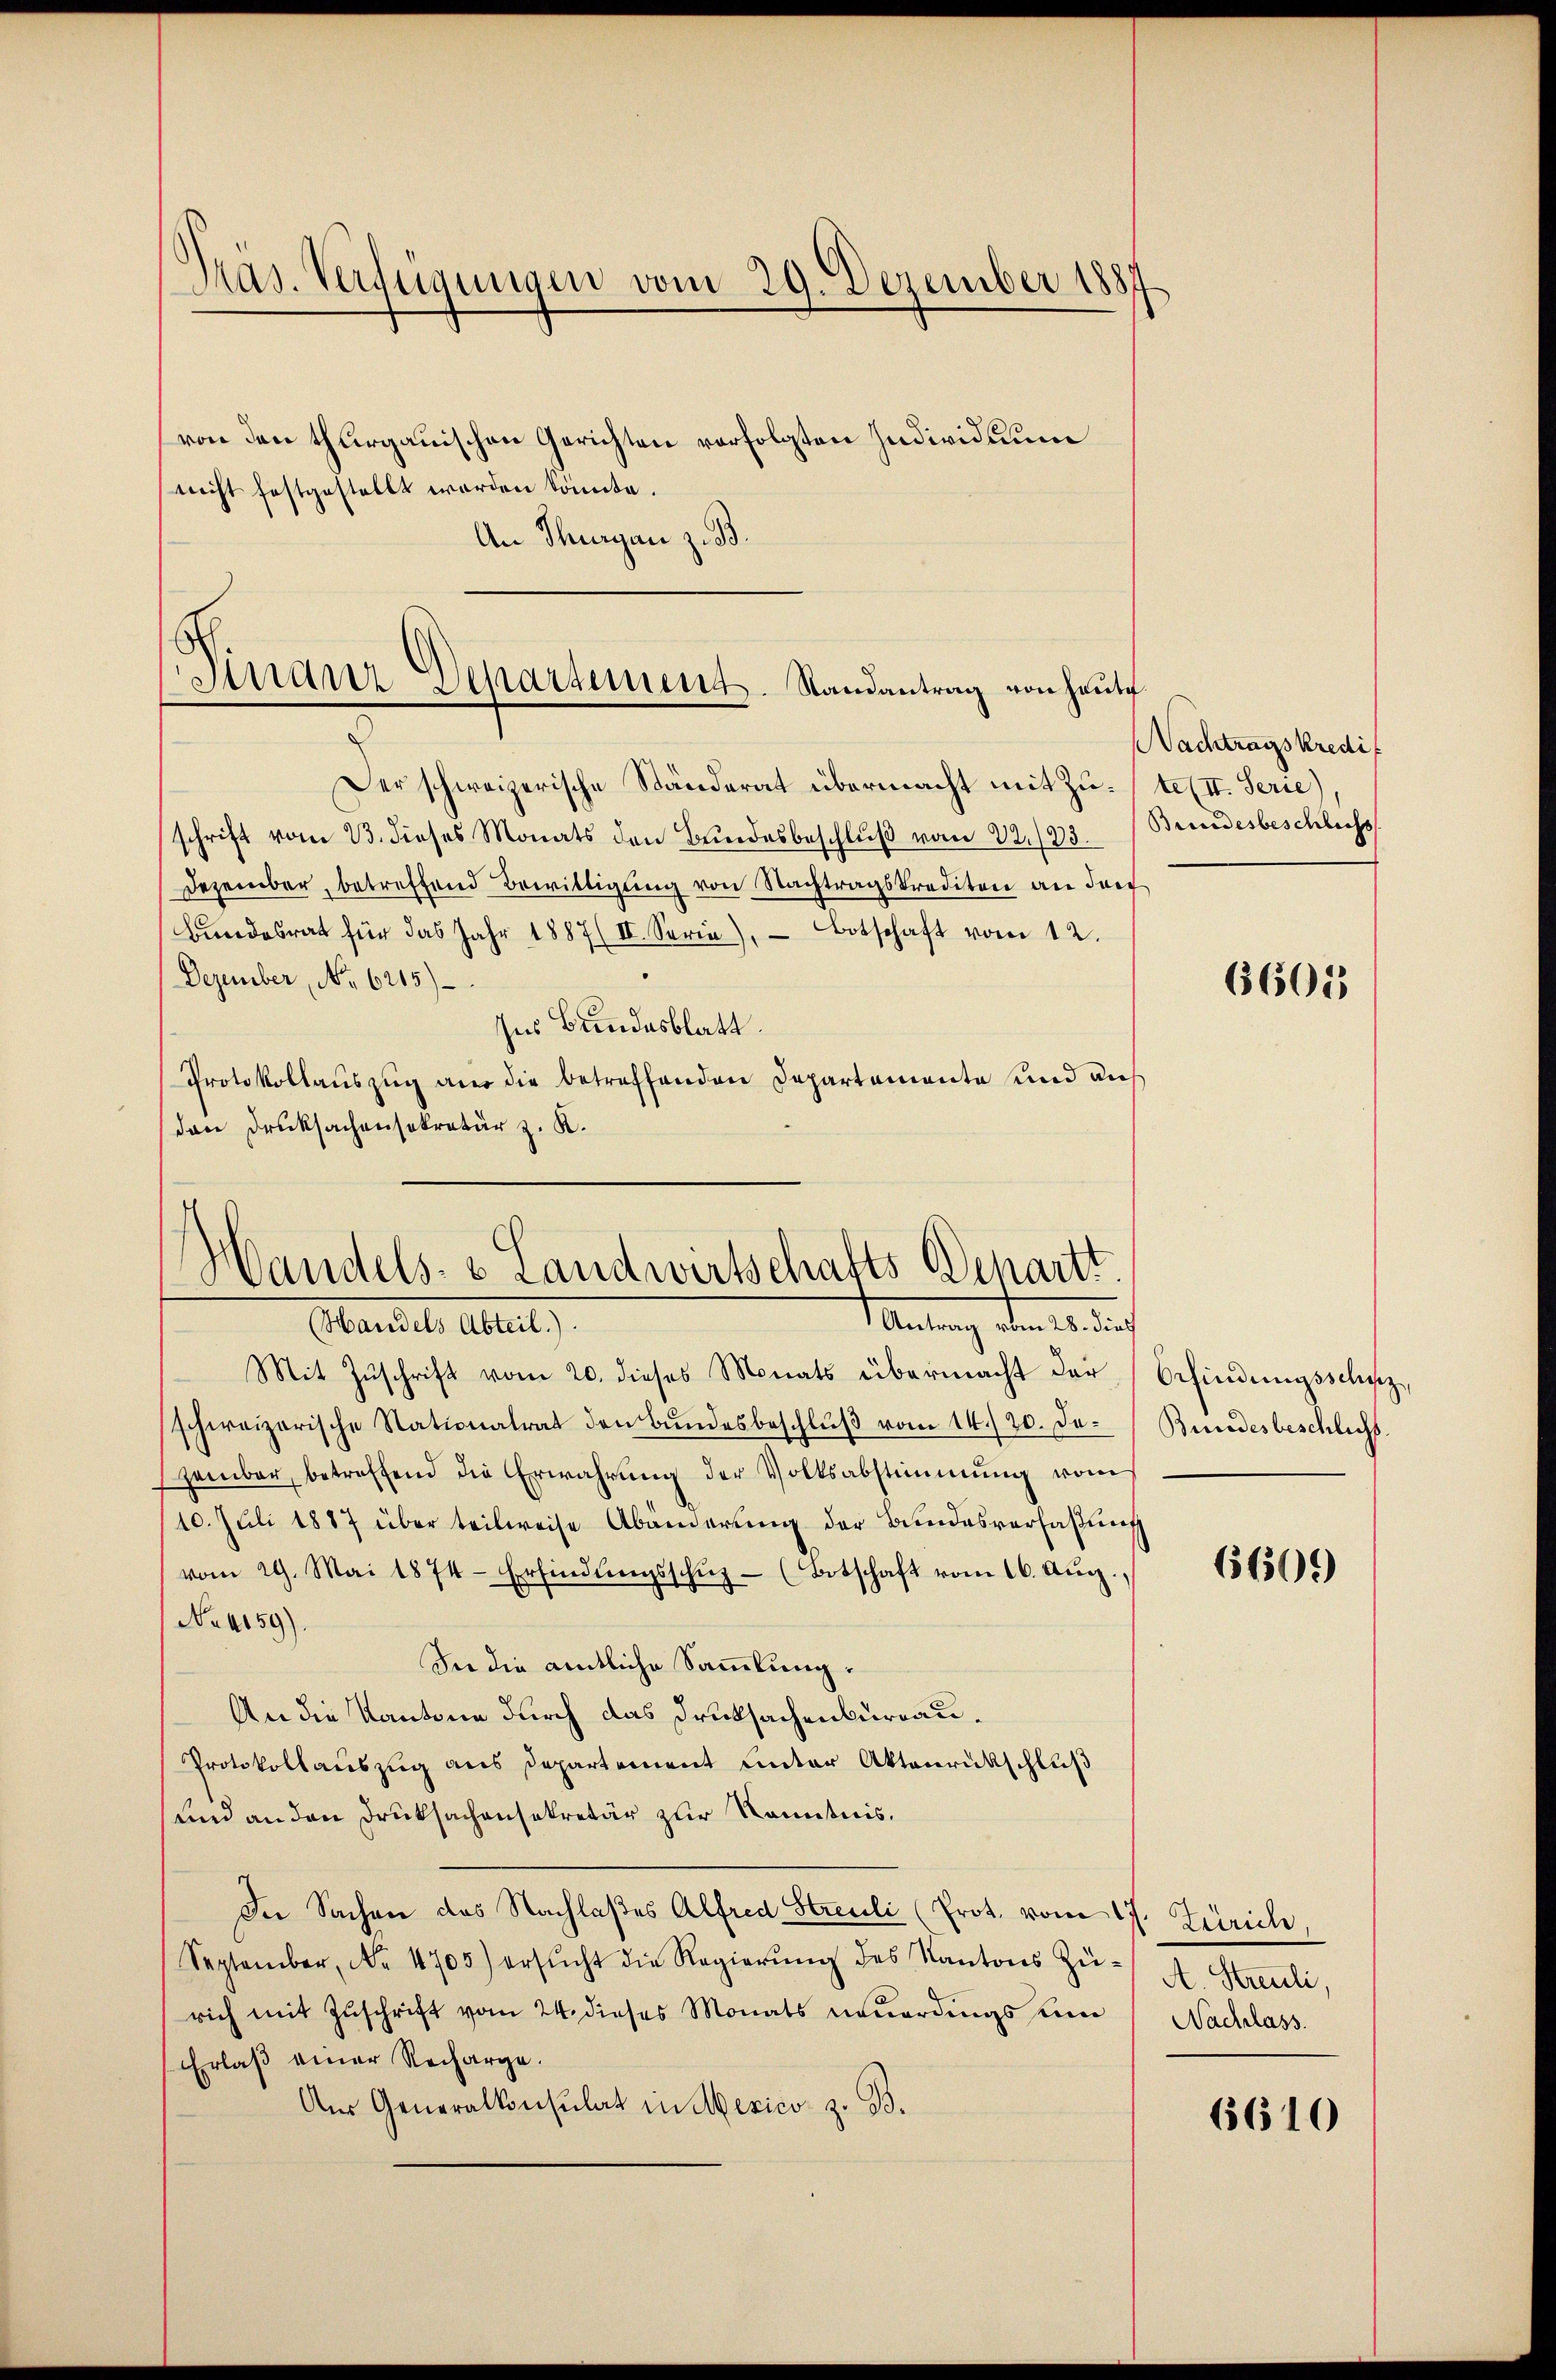
Pras. Verfügungen vom 29. Dezember 1887

von den thurgauischen Gerichten vorfolgten Individuum
nicht festgestellt worden könnte.
An Thurgau z. B.

Finanz-Departement. Randantrag von heute

Der schweizerische Ständerat übermacht mit Zu-te (II. Serie)
schrift vom 23. dieses Monats den Bŭndesbeschlŭβ vom 22./23.
Dezember, betreffend Bewilligŭng von Nachtragskrediten an das
Bundesrat für das Jahr 1887 (II. Serie), Botschaft vom 12.
Dezember, No 6215)
Ins Bundesblatt.
Protokollauszug aus die betreffenden Departemente und auch
(den Drucksachensekretär z. K.

)
Wandels- & Landwirtschafts Schartt
MAmlung dem 12. das
Elandel Abteil

Nachtragskredit
Bundesbeschliess

Mit Zŭschrift vom 20. dieses Monats übermacht der
schweizerische Nationalrat den Bŭndesbeschlŭβ vom 14./20. Je¬
Hember, betreffend die Erwährung der Volksabstimmung vom
10. Juli 1887 über teilweise Abänderung der Bundesverfaßung
vom 29. Mai 1874- Erfindŭngsschuz- (Botschaft vom 16. Aug.
No. 4159).
See die amtliche Sammlung.
An die Kantone durch das Drucksachenburgau¬
Protokollauszug aus Departement unter Aktenrückschluß
und an den Druksachensekretär zur Kenntnis.
In Sachen des Nachlaßes Alfred Streuli (Prot. vom 17. Zürich,
September, No. 4705) ersŭcht die Regierŭng des Kantons Zürich mit Zŭschrift vom 24. dieses Monats neŭerdings zum Nachlass
Erlaß einer Recharge.
Aur Generalkonsulat in Mexico z. B.

6605

Orfindungsschusz,
Bundesbeschlichs.

656509)

A. Streuli,

6610